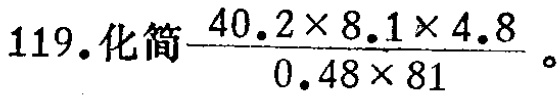
$119.化简\frac{40.2\times 8.1\times 4.8}{0.48\times 81}$。